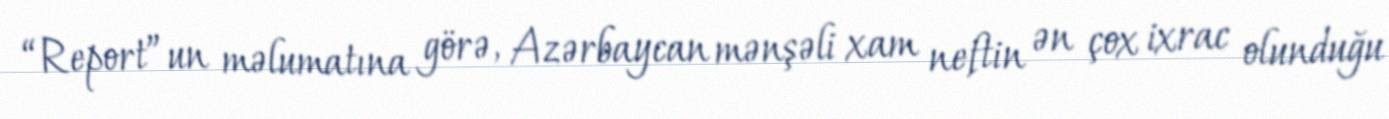
“Report”un məlumatına görə, Azərbaycan mənşəli xam neftin ən çox ixrac olunduğu